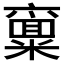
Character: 𱹟